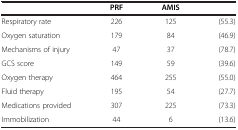
|  | PRF | AMIS |  |
 | --- | --- | --- | --- |
 | Respiratory rate | 226 | 125 | (55.3) |
 | Oxygen saturation | 179 | 84 | (46.9) |
 | Mechanisms of injury | 47 | 37 | (78.7) |
 | GCS score | 149 | 59 | (39.6) |
 | Oxygen therapy | 464 | 255 | (55.0) |
 | Fluid therapy | 195 | 54 | (27.7) |
 | Medications provided | 307 | 225 | (73.3) |
 | Immobilization | 44 | 6 | (13.6) |